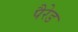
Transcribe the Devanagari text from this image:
पैरेड